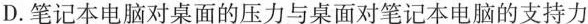
D.笔记本电脑对桌面的压力与桌面对笔记本电脑的支持力